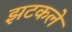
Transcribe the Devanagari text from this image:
झटकले